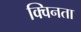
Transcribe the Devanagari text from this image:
क्विनता